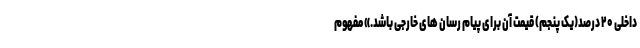
داخلی ۲۰ درصد(یک پنجم) قیمت آن برای پیام رسان های خارجی باشد.» مفهوم